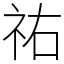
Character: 祐